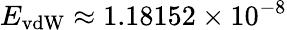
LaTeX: E_{\mathrm{vdW}}\approx 1.18152\times 10^{-8}